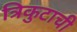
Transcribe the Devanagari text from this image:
त्रिकुटाची